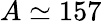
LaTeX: A\simeq 157